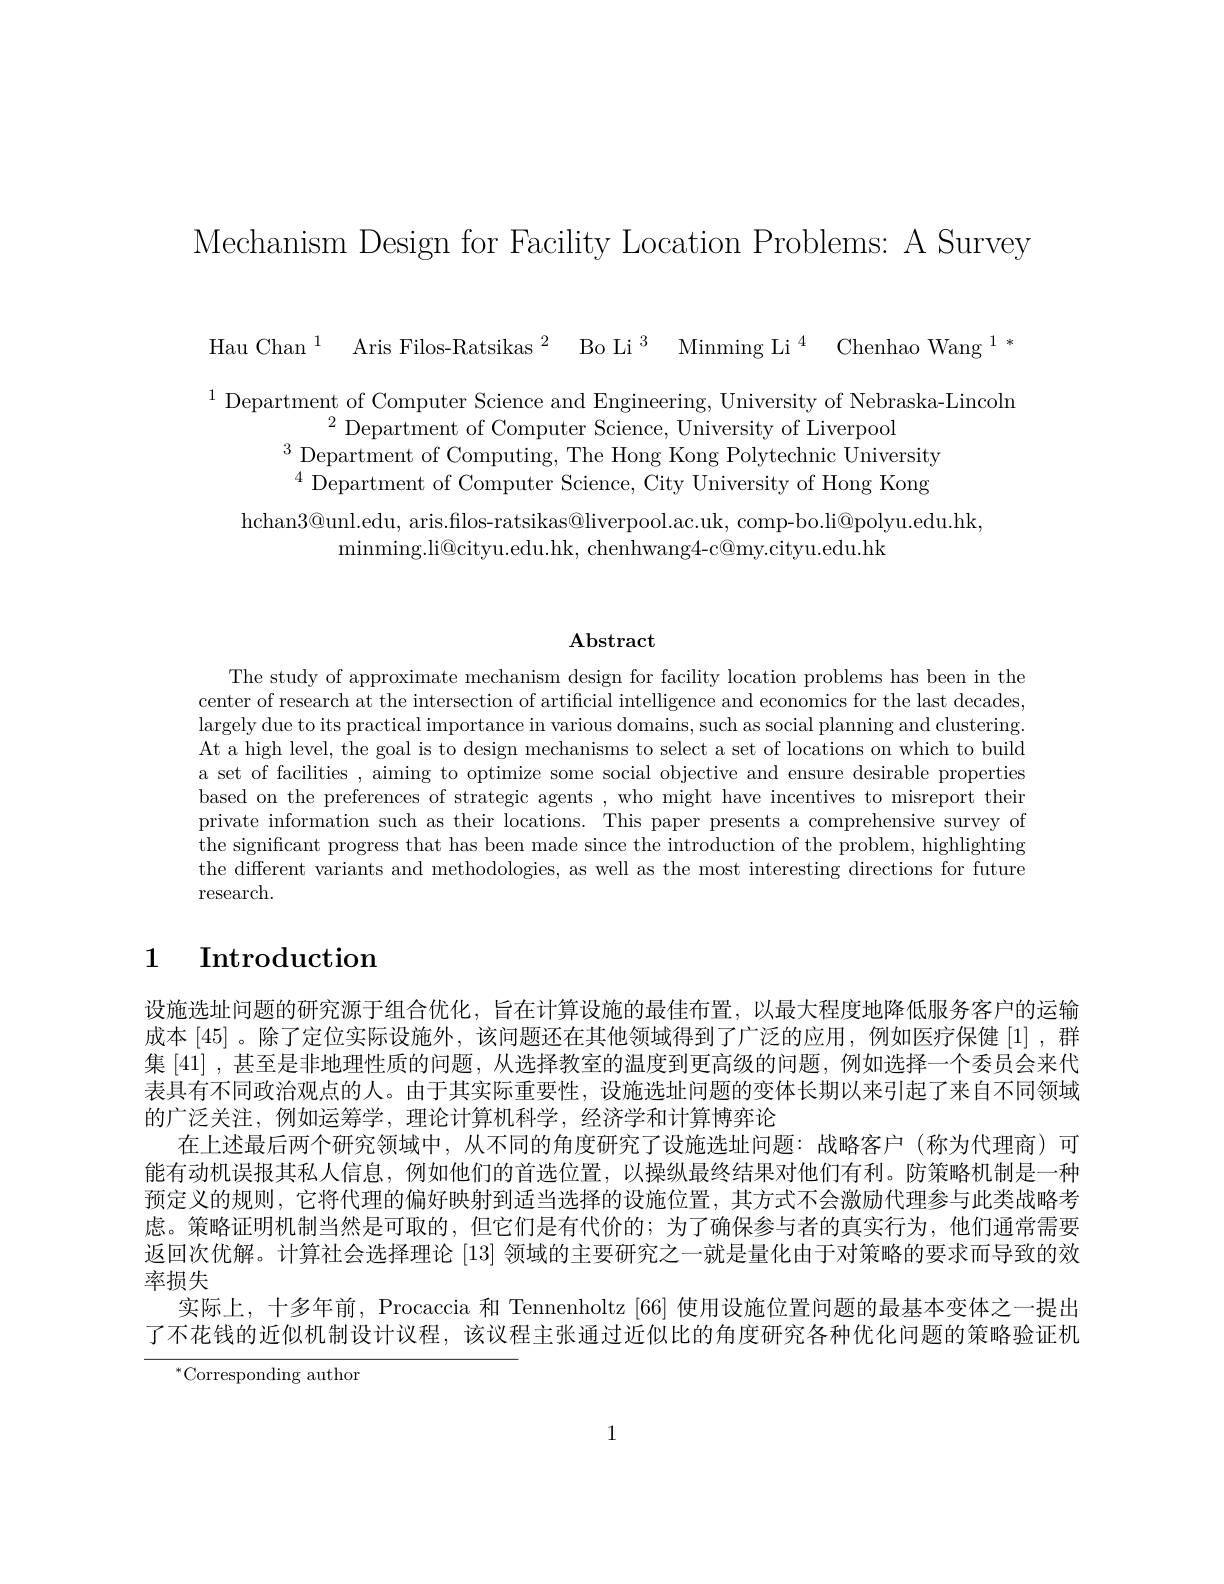
Mechanism Design for Facility Location Problems: A Survey

${\mathrm{Hau~Chan~}^{1}}$ ${\mathrm{Aris~Filos- Ratsikas~}^{2}}$ ${\mathrm{Bo~Li~}^{3}}$ ${\mathrm{Minming~Li~}^{4}}$ ${\mathrm{Chenhao~Wang~}^{1}* }$

$^{1}$Department of Computer Science and Engineering, University of Nebraska-Lincoln
$^{2}$Department of Computer Science, University of Liverpool
$^{3}$Department of Computing, The Hong Kong Polytechnic University $^{4}$Department of Computer Science, City University of Hong Kong
hchan$3@$unl.edu, aris.filos-ratsikas@liverpool.ac.uk, comp-bo.li@polyu.edu.hk
$\operatorname*{minming.li@cityu.edu.hk,~chenhwang4-c@my.cityu.edu.hk}$

## $\mathbf{Abstract}$

The study of approximate mechanism design for facility location problems has been in the center of research at the intersection of artificial intelligence and economics for the last decades, largely due to its practical importance in various domains, such as social planning and clustering. At a high level, the goal is to design mechanisms to select a set of locations on which to build a set of facilities , aiming to optimize some social objective and ensure desirable properties based on the preferences of strategic agents , who might have incentives to misreport their private information such as their locations. This paper presents a comprehensive survey of the significant progress that has been made since the introduction of the problem, highlighting the different variants and methodologies, as well as the most interesting directions for future research.

# 1 Introduction

设施选址问题的研究源于组合优化，旨在计算设施的最佳布置，以最大程度地降低服务客户的运输成本 [45]。除了定位实际设施外，该问题还在其他领域得到了广泛的应用，例如医疗保健 [1] ,群集 [41] ,甚至是非地理性质的问题，从选择教室的温度到更高级的问题，例如选择一个委员会来代表具有不同政治观点的人。由于其实际重要性，设施选址问题的变体长期以来引起了来自不同领域的广泛关注，例如运筹学，理论计算机科学，经济学和计算博弈论
在上述最后两个研究领域中，从不同的角度研究了设施选址问题：战略客户(称为代理商)可能有动机误报其私人信息，例如他们的首选位置，以操纵最终结果对他们有利。防策略机制是一种预定义的规则，它将代理的偏好映射到适当选择的设施位置，其方式不会激励代理参与此类战略考虑。策略证明机制当然是可取的 ,但它们是有代价的；为了确保参与者的真实行为，他们通常需要返回次优解。计算社会选择理论[13]领域的主要研究之一就是量化由于对策略的要求而导致的效率损失
实际上，十多年前，Procaccia 和 Tennenholtz [66] 使用设施位置问题的最基本变体之一提出了不花钱的近似机制设计议程，该议程主张通过近似比的角度研究各种优化问题的策略验证机

$^{*}$Corresponding author

1